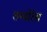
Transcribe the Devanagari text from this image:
तम्बोरेस